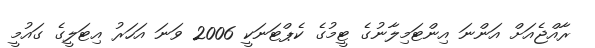
ރާއްޖެއަށް އަންނަ އިންޓަމިލާނުގެ ޓީމުގެ ކެޕްޓަނަކީ 2006 ވަނަ އަަހަރު އިޓަލީގެ ގައުމީ